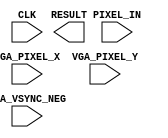
`define SCREEN_WIDTH 176
`define SCREEN_HEIGHT 144
`define NUM_BARS 3
`define BAR_HEIGHT 48

module IMAGE_PROCESSOR (
	PIXEL_IN,
	CLK,
	VGA_PIXEL_X,
	VGA_PIXEL_Y,
	VGA_VSYNC_NEG,
	RESULT
);


//=======================================================
//  PORT declarations
//=======================================================
input	[7:0]	PIXEL_IN;
input 		CLK;

input [9:0] VGA_PIXEL_X;
input [9:0] VGA_PIXEL_Y;
input			VGA_VSYNC_NEG;

output [8:0] RESULT;

reg [14:0] blue_px;
reg [14:0] red_px;
reg [14:0] px_count;

//always @ (posedge CLK) begin
//	// reset count when we reach end of frame
//	if (px_count > (`SCREEN_WIDTH * `SCREEN_HEIGHT) begin
//		blue_px <= 0;
//		red_px <= 0;
//		px_count <= 0;
//	end
//	else begin
//		if () begin
//		
//		end
//		if () begin
//		
//		end
//	end
//
//end

endmodule